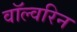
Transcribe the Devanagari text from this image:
वॉल्वरिन